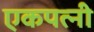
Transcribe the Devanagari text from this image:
एकपत्‍नी